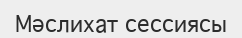
Мәслихат сессиясы